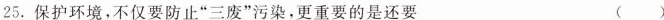
25.保护环境，不仅要防止”三废”污染，更重要的是还要 ( )